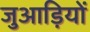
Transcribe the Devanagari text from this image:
जुआड़ियों